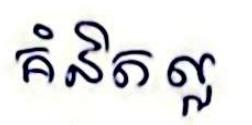
គំនិតល្អ